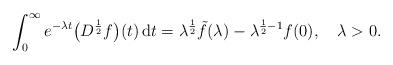
LaTeX: \begin{align*}\int_{0}^{\infty}e^{-\lambda t} \bigl(D^{\frac{1}{2}} f \bigr) (t)\, \mathrm{d} t = \lambda^{\frac{1}{2}}\tilde{f}(\lambda) - \lambda^{\frac{1}{2}-1} f(0), \quad\lambda>0.\end{align*}